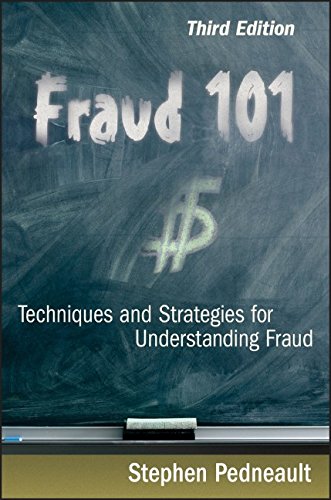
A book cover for Fraud 101: Techniques and Strategies for Understanding Fraud; Stephen Pedneault; Business & Money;